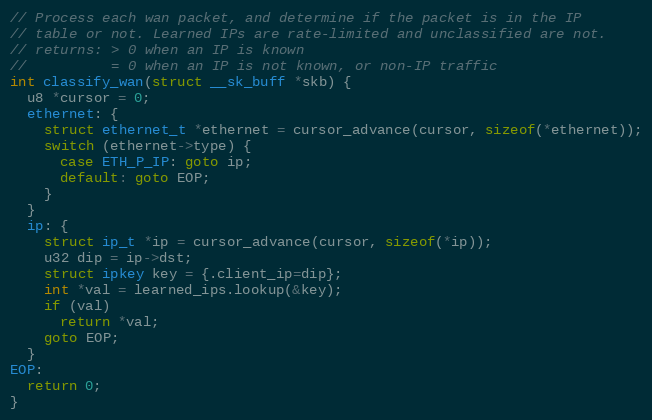
Language: C
// Process each wan packet, and determine if the packet is in the IP
// table or not. Learned IPs are rate-limited and unclassified are not.
// returns: > 0 when an IP is known
//          = 0 when an IP is not known, or non-IP traffic
int classify_wan(struct __sk_buff *skb) {
  u8 *cursor = 0;
  ethernet: {
    struct ethernet_t *ethernet = cursor_advance(cursor, sizeof(*ethernet));
    switch (ethernet->type) {
      case ETH_P_IP: goto ip;
      default: goto EOP;
    }
  }
  ip: {
    struct ip_t *ip = cursor_advance(cursor, sizeof(*ip));
    u32 dip = ip->dst;
    struct ipkey key = {.client_ip=dip};
    int *val = learned_ips.lookup(&key);
    if (val)
      return *val;
    goto EOP;
  }
EOP:
  return 0;
}